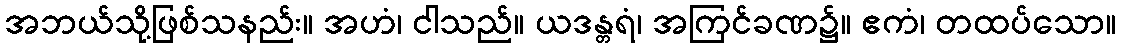
အဘယ်သို့ဖြစ်သနည်း။ အဟံ၊ ငါသည်။ ယဒန္တရံ၊ အကြင်ခဏ၌။ ဧကံ၊ တထပ်သော။